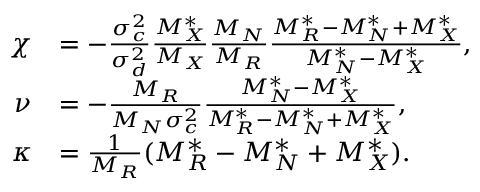
\begin{array} { r l } { \chi } & { = - \frac { \sigma _ { c } ^ { 2 } } { \sigma _ { d } ^ { 2 } } \frac { M _ { X } ^ { * } } { M _ { X } } \frac { M _ { N } } { M _ { R } } \frac { M _ { R } ^ { * } - M _ { N } ^ { * } + M _ { X } ^ { * } } { M _ { N } ^ { * } - M _ { X } ^ { * } } , } \\ { \nu } & { = - \frac { M _ { R } } { M _ { N } \sigma _ { c } ^ { 2 } } \frac { M _ { N } ^ { * } - M _ { X } ^ { * } } { M _ { R } ^ { * } - M _ { N } ^ { * } + M _ { X } ^ { * } } , } \\ { \kappa } & { = \frac { 1 } { M _ { R } } ( M _ { R } ^ { * } - M _ { N } ^ { * } + M _ { X } ^ { * } ) . } \end{array}